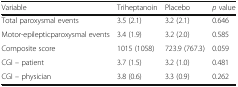
<table><thead><tr><td><b>Variable</b></td><td><b>Triheptanoin</b></td><td><b>Placebo</b></td><td><b><i>p</i> value</b></td></tr></thead><tbody><tr><td>Total paroxysmal events</td><td>3.5 (2.1)</td><td>3.2 (2.1)</td><td>0.646</td></tr><tr><td>Motor-epilepticparoxysmal events</td><td>3.4 (1.9)</td><td>3.2 (2.0)</td><td>0.585</td></tr><tr><td>Composite score</td><td>1015 (1058)</td><td>723.9 (767.3)</td><td>0.059</td></tr><tr><td>CGI – patient</td><td>3.7 (1.5)</td><td>3.2 (1.0)</td><td>0.481</td></tr><tr><td>CGI – physician</td><td>3.8 (0.6)</td><td>3.3 (0.9)</td><td>0.262</td></tr></tbody></table>